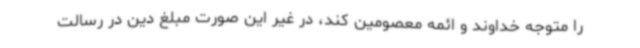
را متوجه خداوند و ائمه معصومین کند، در غیر این صورت مبلغ دین در رسالت